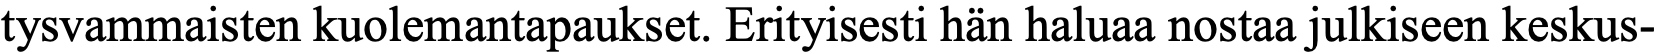
tysvammaisten kuolemantapaukset. Erityisesti hän haluaa nostaa julkiseen keskus-